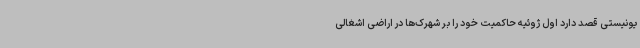
یونیستی قصد دارد اول ژوئیه حاکمیت خود را بر شهرک‌ها در اراضی اشغالی